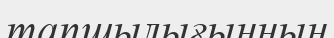
тапшылығынның